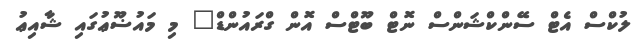
ލުކްސް އެޓް ސޭންކްޝަންސް ނޮޓް ބޫޓްސް އޮން ގްރައުންޑް" މި މައުޟޫޢުގައި ޝާއިޢު